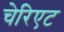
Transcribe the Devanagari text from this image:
चेरिएट